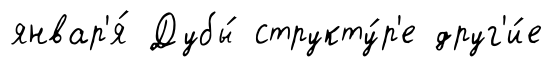
январ'я́ Дубы́ структу́р'е друг'и́е